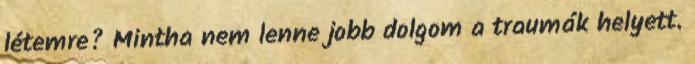
létemre? Mintha nem lenne jobb dolgom a traumák helyett.